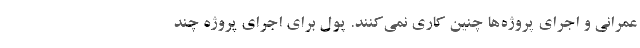
عمرانی و اجرای پروژه‌ها چنین کاری نمی‌کنند. پول برای اجرای پروژه چند